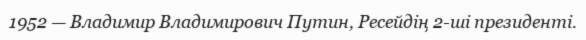
1952 — Владимир Владимирович Путин, Ресейдің 2-ші президенті.